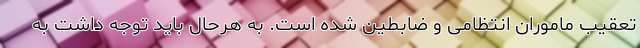
تعقیب ماموران انتظامی و ضابطین شده است. به هرحال باید توجه داشت به